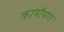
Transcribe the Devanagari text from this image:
कार्षांपण